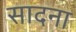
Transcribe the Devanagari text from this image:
सादना